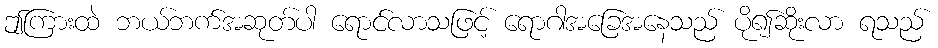
ဤကြားထဲ ဘယ်ဘက်အဆုတ်ပါ ရောင်လာသဖြင့် ရောဂါအခြေအနေသည် ပို၍ဆိုးလာ ရသည်